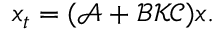
x _ { t } = ( \mathcal { A } + \mathcal { B } \mathcal { K } \mathcal { C } ) x .